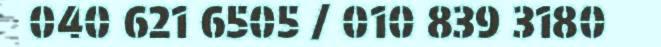
040 621 6505 / 010 839 3180